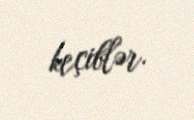
keçiblər.